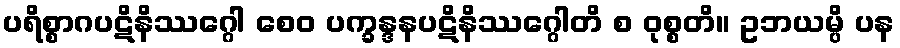
ပရိစ္စာဂပဋိနိဿဂ္ဂေါ စေဝ ပက္ခန္ဒနပဋိနိဿဂ္ဂေါတိ စ ဝုစ္စတိ။ ဥဘယမ္ပိ ပန